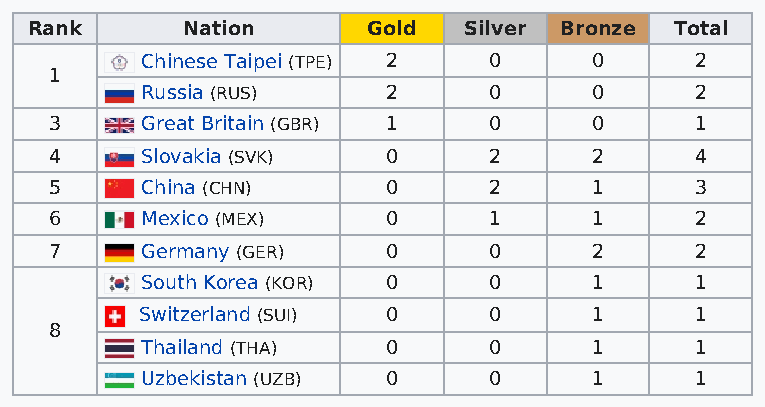
Rank      Nation      Gold   Silver Bronze Total
 Chinese Taipei (TPE) 2 0      0      2
 1
 Russia (RUS)     2     0      0      2
 3     Great Britain (GBR) 1  0      0      1
 4     Slovakia (SVK)   0     2      2      4
 5     China (CHN)      0     2      1      3
 6     Mexico (MEX)     0     1      1      2
 7     Germany (GER)    0     0      2      2
 South Korea (KOR) 0    0      1      1
 Switzerland (SUI) 0    0      1      1
 8
 Thailand (THA)   0     0      1      1
 Uzbekistan (UZB) 0     0      1      1